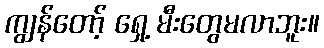
ကျွန်တော့် ရှေ့ မီးတွေမလာဘူး။